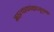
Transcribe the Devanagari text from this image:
महत्वाकांक्षासूचक